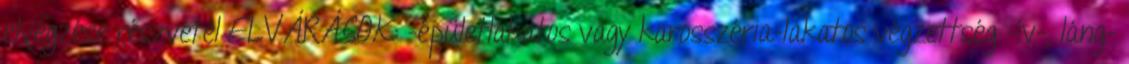
elvégzése részvétel ELVÁRÁSOK: -épületlakatos vagy karosszéria-lakatos végzettség -ív-, láng-